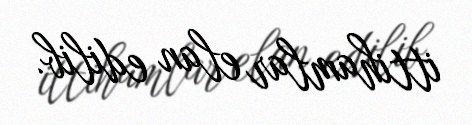
ittihamlar elan edilib.